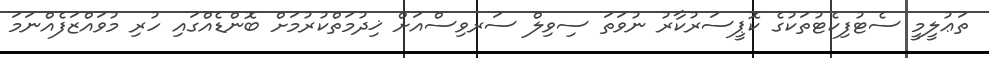
ތަޢުލީމީ ސެޓުފިކެޓުތަކުގެ ކޮޕީސަރުކާރު ނުވަތަ ސިވިލް ސަރވިސްއަށް ޚިދުމަތްކުރުމަށް ބޮންޑެއްގައި ހުރި މުވައްޒަފެއްނަމަ